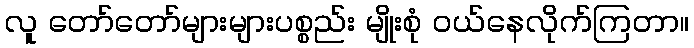
လူ တော်တော်များများပစ္စည်း မျိုးစုံ ဝယ်နေလိုက်ကြတာ။